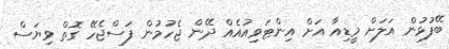
ބޭފުޅުން އަލަށް މީޑިއާ އަށް އިންޓަވިއުއެއް ދޭން ޖެހުމުން ފަސްޖެހޭ ގޮތް ވިޔަސް